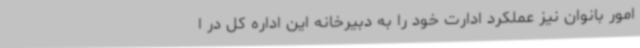
امور بانوان نیز عملکرد ادارت خود را به دبیرخانه این اداره کل در ا